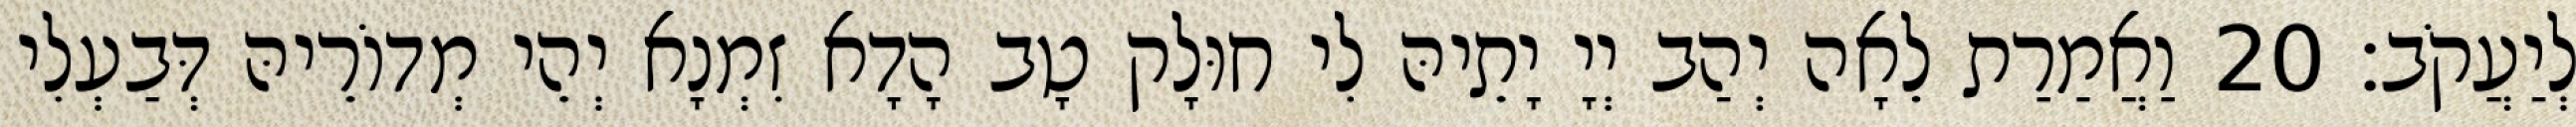
לְיַעֲקֹב׃ 20 וַאֲמַרַת לֵאָה יְהַב יְיָ יָתֵיהּ לִי חוּלָק טָב הָדָא זִמְנָא יְהֵי מְדוֹרֵיהּ דְּבַעְלִי